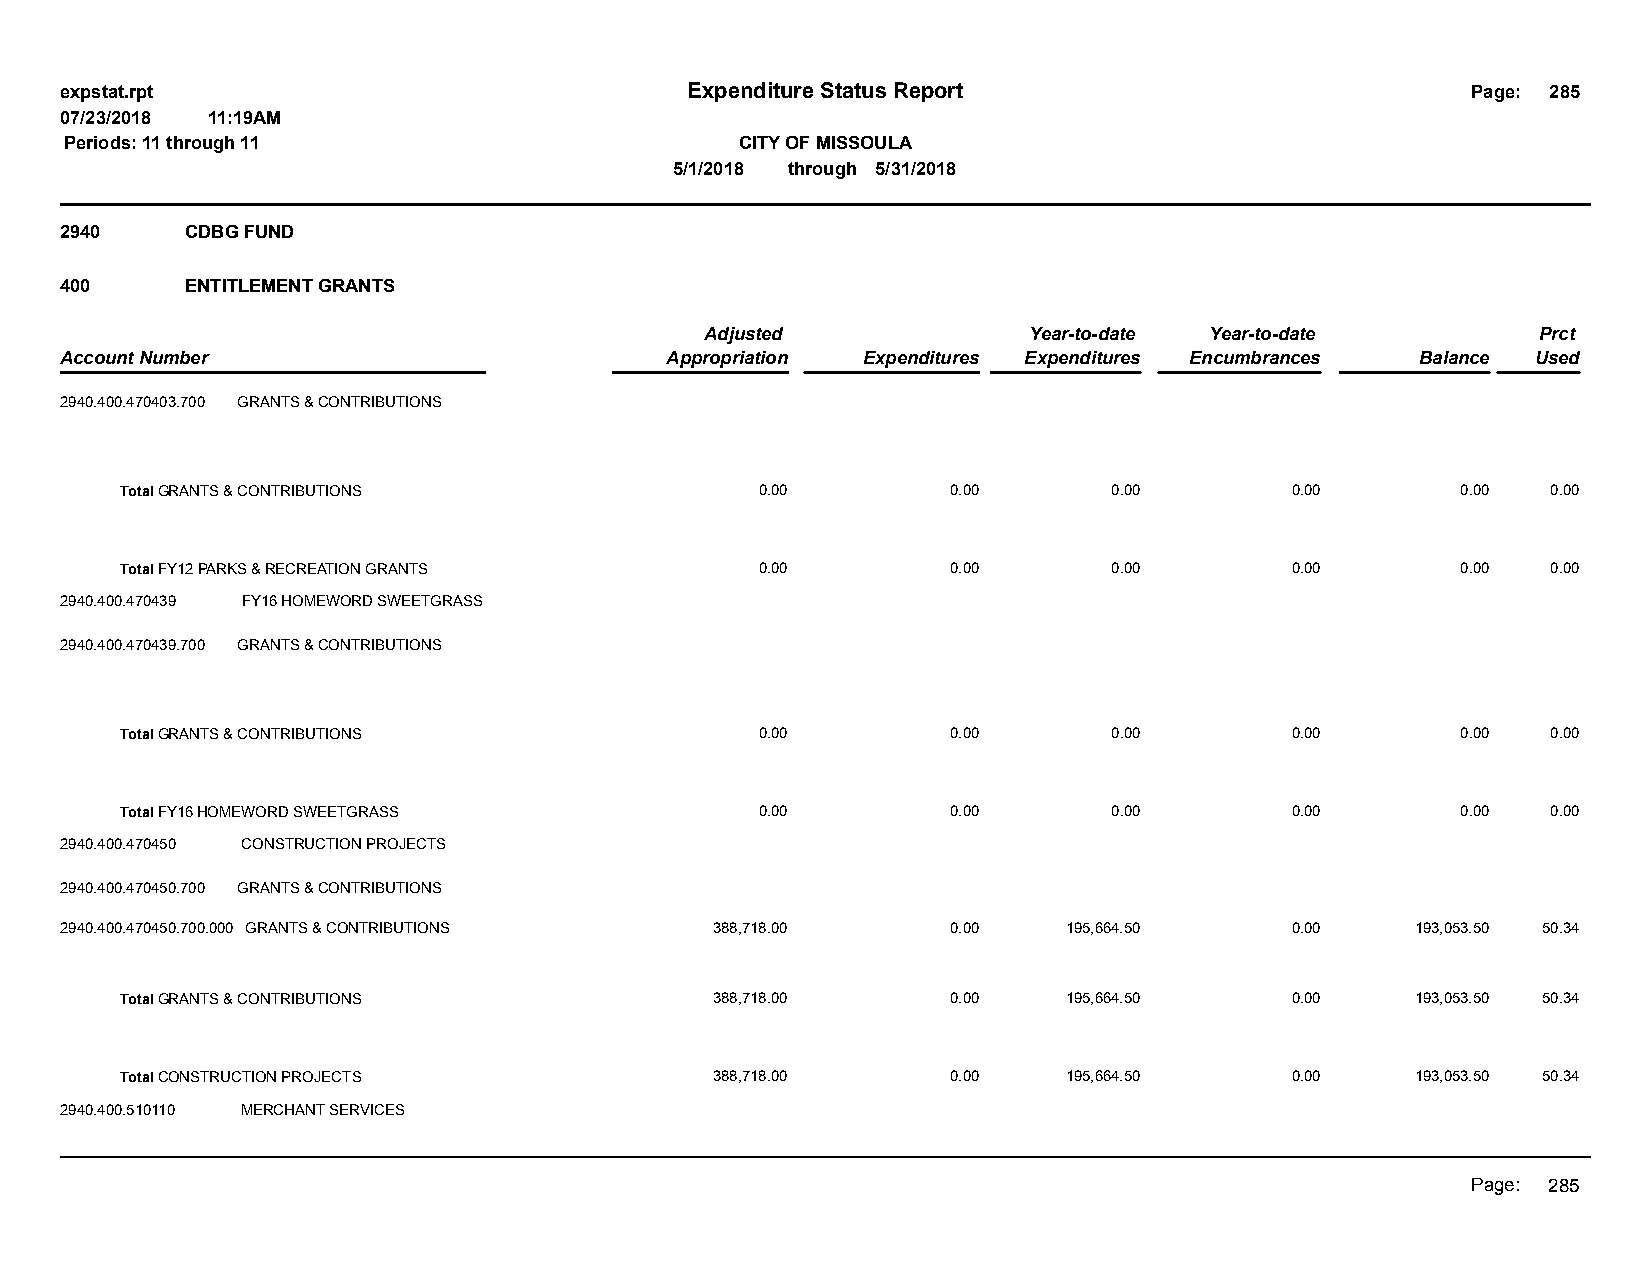
expstat.rpt                              Expenditure Status Report                           Page: 285
 07/23/2018 11:19AM
 Periods: 11 through 11                       CITY OF MISSOULA
 5/1/2018 through 5/31/2018
 2940    CDBG FUND
 400     ENTITLEMENT GRANTS
 Adjusted             Year-to-date Year-to-date         Prct
 Account Number                          Appropriation Expenditures Expenditures Encumbrances Balance Used
 2940.400.470403.700 GRANTS & CONTRIBUTIONS
 Total GRANTS & CONTRIBUTIONS              0.00         0.00       0.00       0.00        0.00  0.00
 Total FY12 PARKS & RECREATION GRANTS      0.00         0.00       0.00       0.00        0.00  0.00
 2940.400.470439 FY16 HOMEWORD SWEETGRASS
 2940.400.470439.700 GRANTS & CONTRIBUTIONS
 Total GRANTS & CONTRIBUTIONS              0.00         0.00       0.00       0.00        0.00  0.00
 Total FY16 HOMEWORD SWEETGRASS            0.00         0.00       0.00       0.00        0.00  0.00
 2940.400.470450 CONSTRUCTION PROJECTS
 2940.400.470450.700 GRANTS & CONTRIBUTIONS
 2940.400.470450.700.000 GRANTS & CONTRIBUTIONS 388,718.00  0.00    195,664.50    0.00     193,053.50 50.34
 Total GRANTS & CONTRIBUTIONS           388,718.00      0.00    195,664.50    0.00     193,053.50 50.34
 Total CONSTRUCTION PROJECTS            388,718.00      0.00    195,664.50    0.00     193,053.50 50.34
 2940.400.510110 MERCHANT SERVICES
 Page: 285